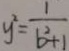
y ^ { 2 } = \frac { 1 } { b ^ { 2 } + 1 }